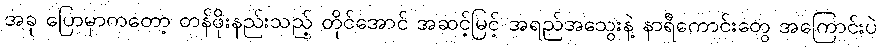
အခု ပြောမှာကတော့ တန်ဖိုးနည်းသည့် တိုင်အောင် အဆင့်မြင့် အရည်အသွေးနဲ့ နာရီကောင်းတွေ အကြောင်းပဲ